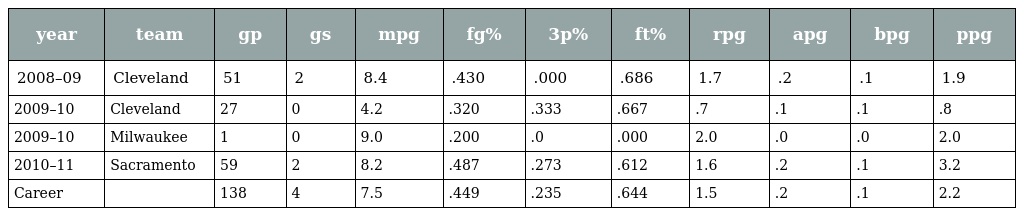
| year | team | gp | gs | mpg | fg% | 3p% | ft% | rpg | apg | bpg | ppg |
 | --- | --- | --- | --- | --- | --- | --- | --- | --- | --- | --- | --- |
 | 2008–09 | Cleveland | 51 | 2 | 8.4 | .430 | .000 | .686 | 1.7 | .2 | .1 | 1.9 |
 | 2009–10 | Cleveland | 27 | 0 | 4.2 | .320 | .333 | .667 | .7 | .1 | .1 | .8 |
 | 2009–10 | Milwaukee | 1 | 0 | 9.0 | .200 | .0 | .000 | 2.0 | .0 | .0 | 2.0 |
 | 2010–11 | Sacramento | 59 | 2 | 8.2 | .487 | .273 | .612 | 1.6 | .2 | .1 | 3.2 |
 | Career |  | 138 | 4 | 7.5 | .449 | .235 | .644 | 1.5 | .2 | .1 | 2.2 |